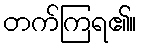
တက်ကြရ၏။